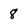
Character: 8